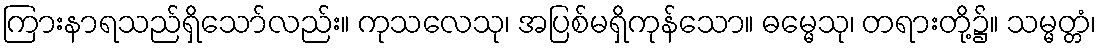
ကြားနာရသည်ရှိသော်လည်း။ ကုသလေသု၊ အပြစ်မရှိကုန်သော။ ဓမ္မေသု၊ တရားတို့၌။ သမ္မတ္တံ၊